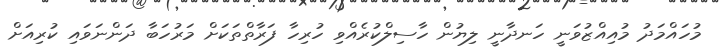
މުހައްމަދު މުއިއްޒުވަނީ ހަނދާނީ ލިޔުން ހާސިލްކުރެއްވި ހުރިހާ ފަރާތްތަކަށް މަރުހަބާ ދަންނަވައި ކުރިއަށް